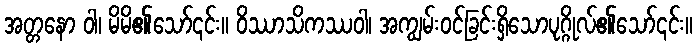
အတ္တနော ဝါ၊ မိမိ၏သော်၎င်း။ ဝိဿာသိကဿဝါ၊ အကျွမ်းဝင်ခြင်းရှိသောပုဂ္ဂိုလ်၏သော်၎င်း။